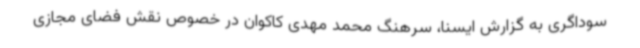
سوداگری به گزارش ایسنا، سرهنگ محمد مهدی کاکوان در خصوص نقش فضای مجازی